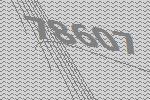
78607